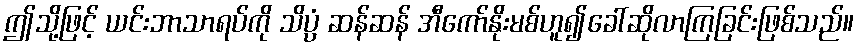
ဤသို့ဖြင့် ယင်းဘာသာရပ်ကို သိပ္ပံ ဆန်ဆန် အီကော်နိုးမစ်ဟူ၍ခေါ်ဆိုလာကြခြင်းဖြစ်သည်။